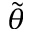
\tilde { \theta }